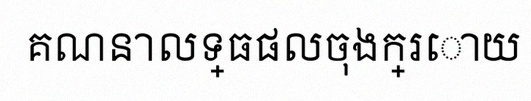
គណនាលទ្ធផលចុងក្រោយ